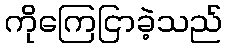
ကိုကြေငြာခဲ့သည်